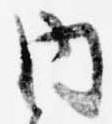
内